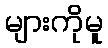
များကိုမူ